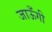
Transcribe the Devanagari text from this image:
जाऊँगी